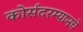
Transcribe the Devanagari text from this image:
कोर्सदरम्यानचे